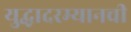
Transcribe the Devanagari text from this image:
युद्धादरम्यानची